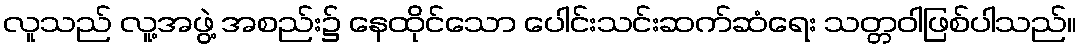
လူသည် လူ့အဖွဲ့ အစည်း၌ နေထိုင်သော ပေါင်းသင်းဆက်ဆံရေး သတ္တဝါဖြစ်ပါသည်။